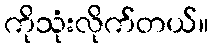
ကိုသုံးလိုက်တယ်။